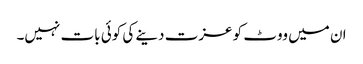
ان میں ووٹ کو عزت دینے کی کوئی بات نہیں۔